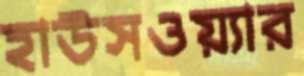
হাউসওয়্যার